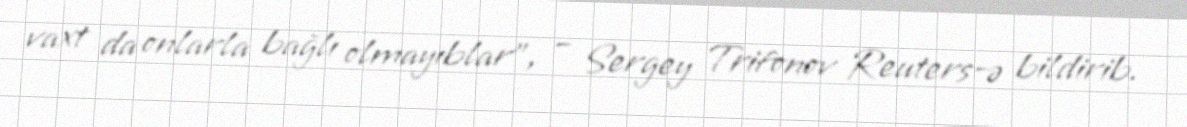
vaxt da onlarla bağlı olmayıblar”, – Sergey Trifonov Reuters-ə bildirib.